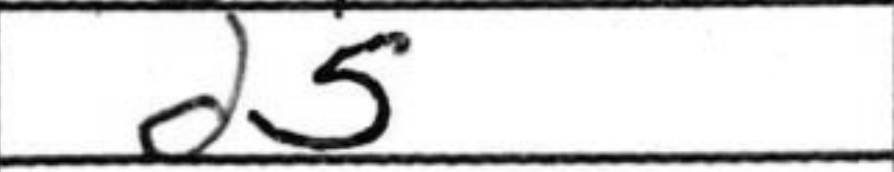
Transcription: d5